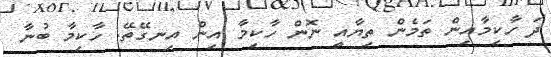
ދަ ހާކިމާއިން ތަމެން ތިޔާއީ ނޮން ހާކިމާ އިން އިނގޭތޭ. ހާކިމާ ބުނާ